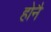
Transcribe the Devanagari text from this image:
होनै